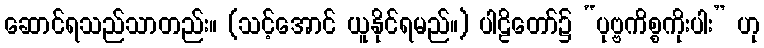
ဆောင်ရသည်သာတည်း။ (သင့်အောင် ယူနိုင်ရမည်။) ပါဠိတော်၌ “ပုဗ္ဗကိစ္စကိုးပါး” ဟု